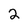
Character: 2